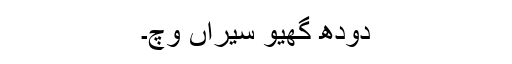
دودھ گھیو سیراں وچ۔